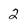
Character: 2